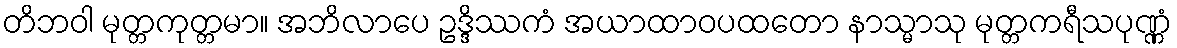
တိဘဝါ မုတ္တကုတ္တမာ။ အဘိလာပေ ဥဒ္ဒိဿကံ အယာထာဝပထတော နာသ္မာသု မုတ္တကရီသပုဏ္ဏံ